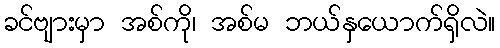
ခင်ဗျားမှာ အစ်ကို၊ အစ်မ ဘယ်နှယောက်ရှိလဲ။